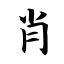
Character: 肖